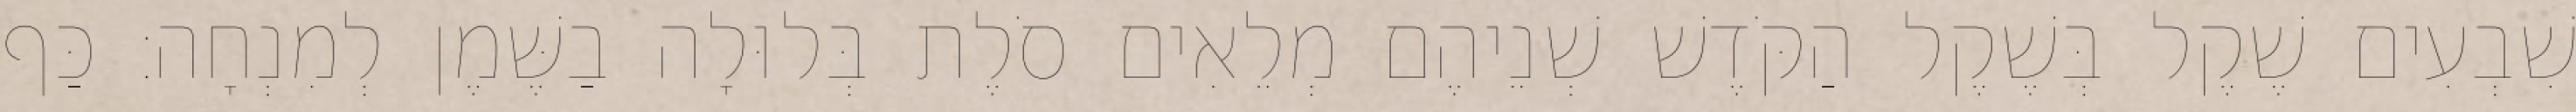
שִׁבְעִים שֶׁקֶל בְּשֶׁקֶל הַקֹּדֶשׁ שְׁנֵיהֶם מְלֵאִים סֹלֶת בְּלוּלָה בַשֶּׁמֶן לְמִנְחָה׃ כַּף